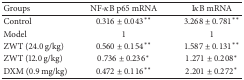
<table><thead><tr><td><b>Groups</b></td><td><b>NF-<i>κ</i>B p65 mRNA</b></td><td><b>I<i>κ</i>B mRNA</b></td></tr></thead><tbody><tr><td>Control</td><td>0.316 ± 0.043**</td><td>3.268 ± 0.781**</td></tr><tr><td>Model</td><td>1</td><td>1</td></tr><tr><td>ZWT (24.0 g/kg)</td><td>0.560 ± 0.154**</td><td>1.587 ± 0.131**</td></tr><tr><td>ZWT (12.0 g/kg)</td><td>0.736 ± 0.236*</td><td>1.271 ± 0.208*</td></tr><tr><td>DXM (0.9 mg/kg)</td><td>0.472 ± 0.116**</td><td>2.201 ± 0.272*</td></tr></tbody></table>